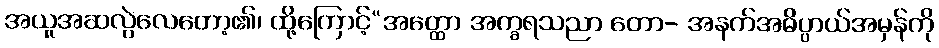
အယူအဆလွဲလေတော့၏၊ ထို့ကြောင့်“အတ္ထော အက္ခရသညာ တော- အနက်အဓိပ္ပာယ်အမှန်ကို